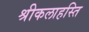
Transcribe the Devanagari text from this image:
श्रीकलाहस्ति